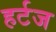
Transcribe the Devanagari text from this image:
हर्टज